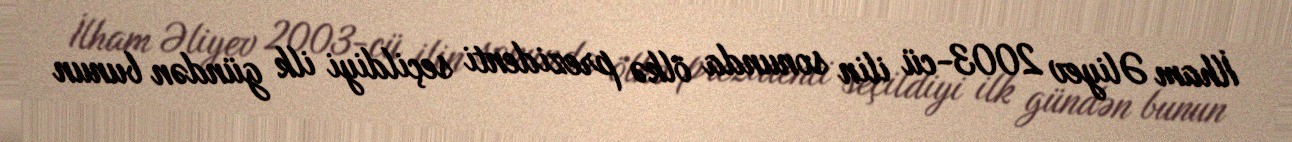
İlham Əliyev 2003-cü ilin sonunda ölkə prezidenti seçildiyi ilk gündən bunun